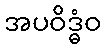
အပဝိဒ္ဓံဝ